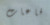
قاعات